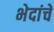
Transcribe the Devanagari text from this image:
भेदांचे